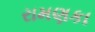
રામણકા